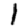
Digit: 1